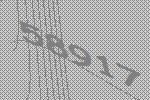
58917